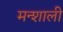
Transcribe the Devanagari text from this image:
मन्शाली